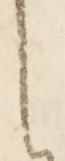
し